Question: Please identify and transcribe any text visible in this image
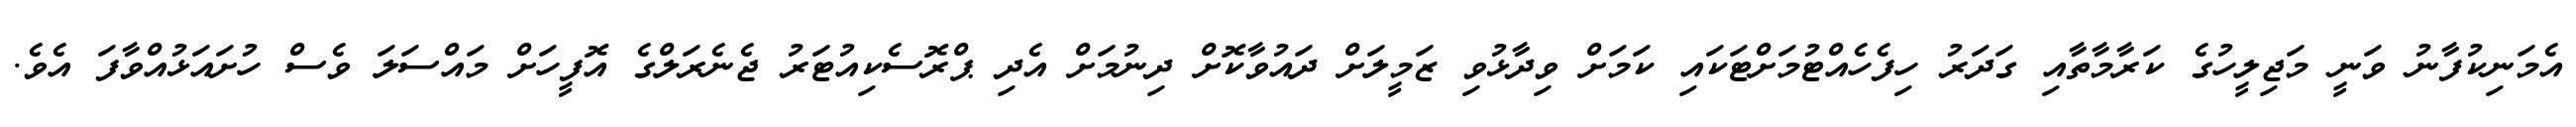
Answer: އެމަނިކުފާނު ވަނީ މަޖިލީހުގެ ކަރާމާތާއި ގަދަރު ހިފެހެއްޓުމަށްޓަކައި ކަމަށް ވިދާޅުވި ޒަމީލަށް ދައުވާކޮށް ދިނުމަށް އެދި ޕްރޮސެކިއުޓަރު ޖެނެރަލްގެ އޮފީހަށް މައްސަލަ ވެސް ހުށައަޅުއްވާފަ އެވެ.